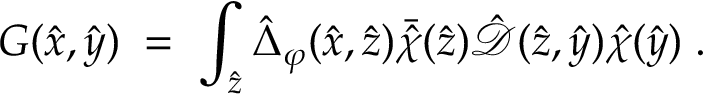
G ( { \hat { x } } , { \hat { y } } ) \; = \; \int _ { { \hat { z } } } { \hat { \Delta } } _ { \varphi } ( { \hat { x } } , \hat { z } ) { \bar { \hat { \chi } } } ( { \hat { z } } ) { \hat { \mathcal D } } ( { \hat { z } } , { \hat { y } } ) { \hat { \chi } } ( { \hat { y } } ) \; .